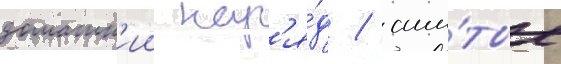
домашн'ии нар'я́д / сши́тые